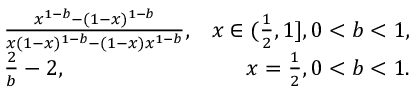
\begin{array} { r l r } { ~ } & { { } \frac { x ^ { 1 - b } - ( 1 - x ) ^ { 1 - b } } { x ( 1 - x ) ^ { 1 - b } - ( 1 - x ) x ^ { 1 - b } } , } & { x \in ( \frac { 1 } { 2 } , 1 ] , 0 < b < 1 , } \\ { ~ } & { { } \frac { 2 } { b } - 2 , } & { x = \frac { 1 } { 2 } , 0 < b < 1 . } \end{array}